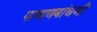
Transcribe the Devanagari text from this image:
पाषाणबांधणी